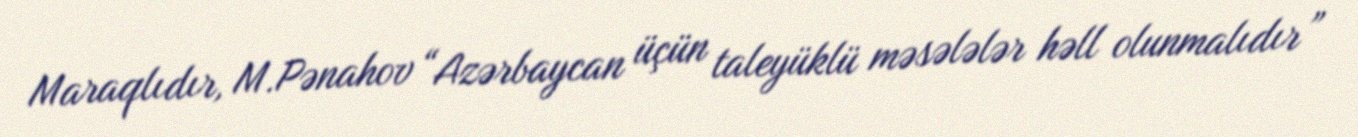
Maraqlıdır, M.Pənahov “Azərbaycan üçün taleyüklü məsələlər həll olunmalıdır”